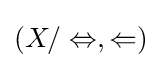
\left(X/\Leftrightarrow ,\Leftarrow \right)